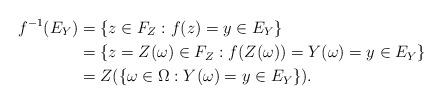
LaTeX: \begin{align*} f^{-1}(E_{Y})&=\{z \in F_{Z}: f(z)=y \in E_{Y}\} \\ &=\{z=Z(\omega) \in F_{Z}: f(Z(\omega))=Y(\omega)=y \in E_{Y}\} \\ &=Z(\{\omega \in \Omega: Y(\omega)=y \in E_{Y}\}). \end{align*}